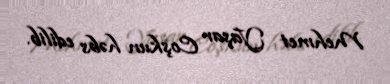
Mehmet Yaşar Coşkun həbs edilib.